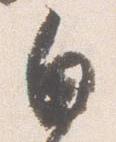
白